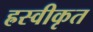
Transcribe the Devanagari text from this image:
ह्रस्वीकृत